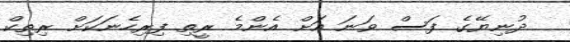
ދުނިޔޭގެ ފަސް ވަނަ އަށް އެންމެ ރީތި ފިރިހެނަކަށް ރިތިކް